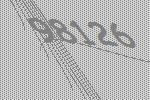
98126